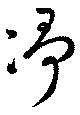
凈